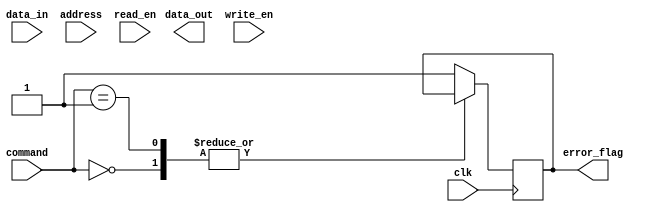
module DDR_SDRAM (
    input wire clk,
    input wire [31:0] data_in,
    output reg [31:0] data_out,
    input wire [11:0] address,
    input wire write_en,
    input wire read_en,
    input wire [1:0] command,
    output reg error_flag
);

// Command Decoding Logic
always @ (posedge clk) begin
    case (command)
        2'b00: // Write command
            if (write_en) begin
                // Write data to memory block at specified address
            end
        2'b01: // Read command
            if (read_en) begin
                // Read data from memory block at specified address
            end
        default: // Invalid command
            error_flag <= 1;
    endcase
end

// Data Storage and Retrieval Logic
// Implement memory blocks with appropriate data storage and retrieval mechanisms

// Timing Constraints
// Ensure timing constraints are met as per DDR SDRAM specifications

// Error Checking and Correction
// Implement error checking and correction mechanisms to ensure data integrity

// Refresh Mechanisms
// Implement refresh mechanisms to prevent data loss and ensure data integrity

// Power Saving Modes
// Implement power saving modes for energy efficiency

// Testing and Verification
// Implement testing and verification procedures to ensure functionality and performance

endmodule